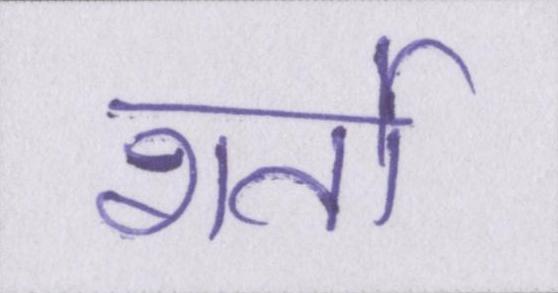
शर्तो